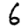
Digit: 6